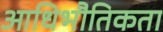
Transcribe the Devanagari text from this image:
आधिभौतिकता